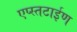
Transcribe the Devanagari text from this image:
एप्स्तटाईण